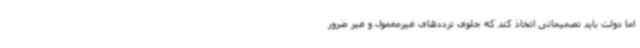
اما دولت باید تصمیماتی اتخاذ کند که جلوی ترددهای غیرمعمول و غیر ضرور